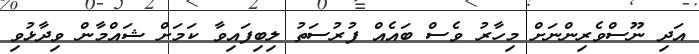
އަދި ނޫސްވެރިންނަށް މިހާރު ވެސް ބައެއް ފުރުސަތު ލިބިފައިވާ ކަމަށް ޝައްމާން ވިދާޅުވި